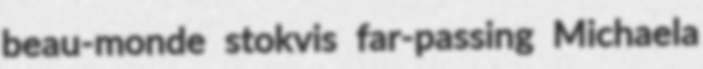
beau-monde stokvis far-passing Michaela